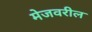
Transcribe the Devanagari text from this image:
मेजवरील